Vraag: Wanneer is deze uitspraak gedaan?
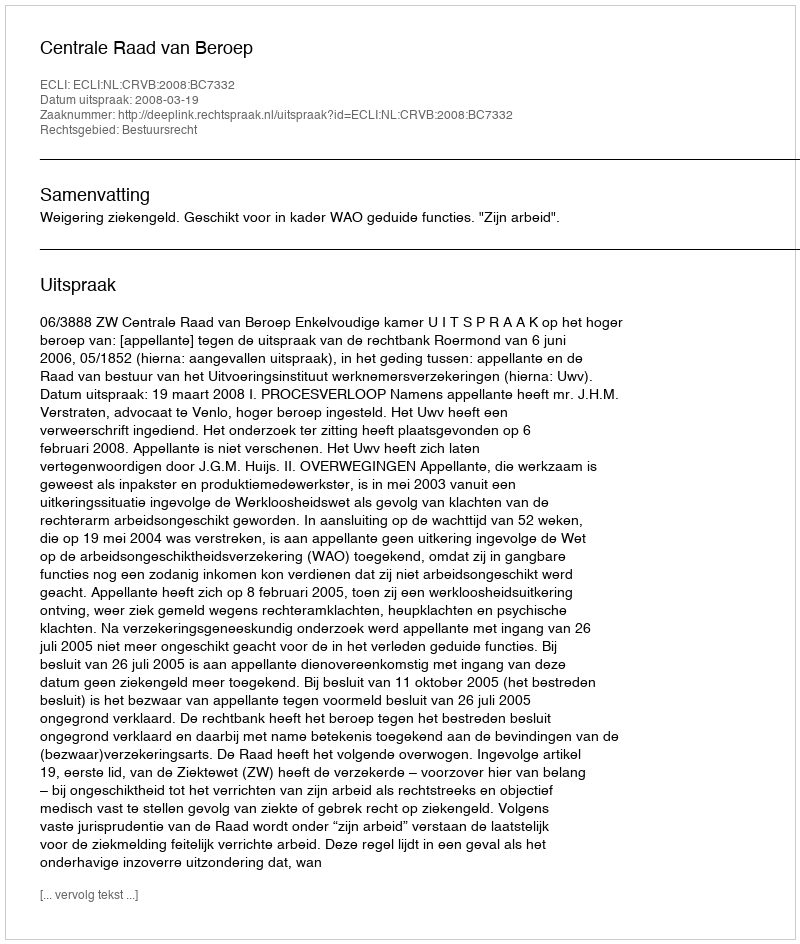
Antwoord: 2008-03-19